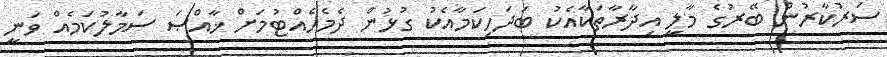
ސަރުކާރުން ބޭރުގެ މާލީ އިދާރާތަކާއެކު ބަދަހިކަމާއެކު ގުޅުން ދެމެހެއްޓުމަށް ޚާއްޞަ ސަމާލުކަމެއް ވަނީ